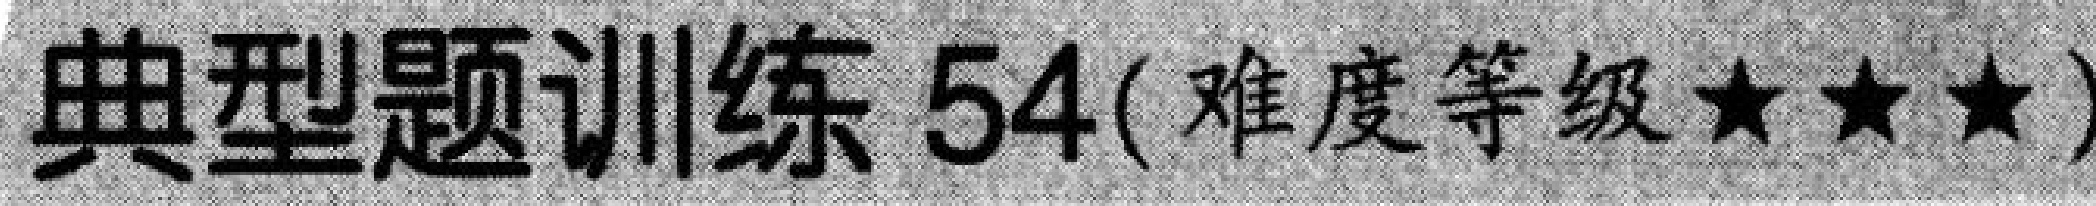
典型题训练 54(难度等级★★★)